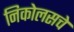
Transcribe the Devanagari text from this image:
निकोलसचे